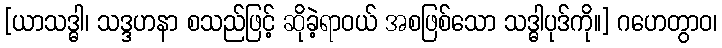
[ယာသဒ္ဓါ၊ သဒ္ဒဟနာ စသည်ဖြင့် ဆိုခဲ့ရာဝယ် အစဖြစ်သော သဒ္ဓါပုဒ်ကို။] ဂဟေတွာဝ၊